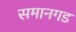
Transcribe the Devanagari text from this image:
समानगड